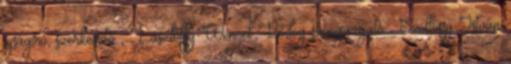
újságíró, szerkesztő , Lászlóffy-Wencel Bódog színigazgató , Szöllőssy István